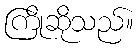
ကြိုဆိုသည်။